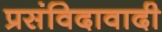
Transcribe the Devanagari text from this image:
प्रसंविदावादी